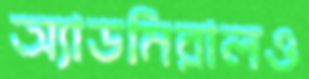
অ্যাডমিরালও